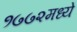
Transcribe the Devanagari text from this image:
१७७२मध्ये